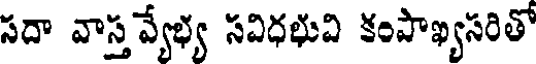
సదా వాస్త వ్యేభ్య సవిధభువి కంపాఖ్యసరితో